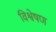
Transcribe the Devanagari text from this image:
विश्वेषण